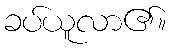
ခပ်ယူလာ၏။